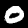
Label: 0